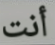
أنت